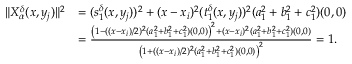
\begin{array} { r l } { \| X _ { \alpha } ^ { \delta } ( x , y _ { j } ) \| ^ { 2 } } & { = ( s _ { 1 } ^ { \delta } ( x , y _ { j } ) ) ^ { 2 } + ( x - x _ { i } ) ^ { 2 } ( t _ { 1 } ^ { \delta } ( x , y _ { j } ) ) ^ { 2 } ( a _ { 1 } ^ { 2 } + b _ { 1 } ^ { 2 } + c _ { 1 } ^ { 2 } ) ( 0 , 0 ) } \\ & { = \frac { \left( 1 - ( ( x - x _ { i } ) / 2 ) ^ { 2 } ( a _ { 1 } ^ { 2 } + b _ { 1 } ^ { 2 } + c _ { 1 } ^ { 2 } ) ( 0 , 0 ) \right) ^ { 2 } + ( x - x _ { i } ) ^ { 2 } ( a _ { 1 } ^ { 2 } + b _ { 1 } ^ { 2 } + c _ { 1 } ^ { 2 } ) ( 0 , 0 ) } { \left( 1 + ( ( x - x _ { i } ) / 2 ) ^ { 2 } ( a _ { 1 } ^ { 2 } + b _ { 1 } ^ { 2 } + c _ { 1 } ^ { 2 } ) ( 0 , 0 ) \right) ^ { 2 } } = 1 . } \end{array}